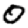
Digit: 0